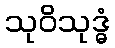
သုဝိသုဒ္ဓံ